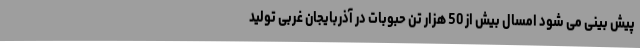
پیش بینی می شود امسال بیش از 50 هزار تن حبوبات در آذربایجان غربی تولید